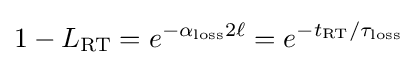
1-L_{\rm {RT}}=e^{-\alpha _{\rm {loss}}2\ell }=e^{-t_{\rm {RT}}/\tau _{\rm {loss}}}